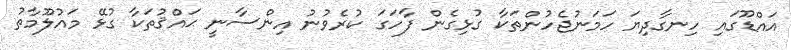
އައްޑޫގައި ހިނގާދިޔަ ހަމަނުޖެހުންތަކާ ގުޅިގެން ފާހަގަ ކުރެވުނު އިންސާނީ ޙައްޤުތަކާ ގުޅޭ މައުލޫމާތު